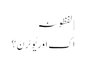
| لفظونہ
اک اور یُو ٹرن؟